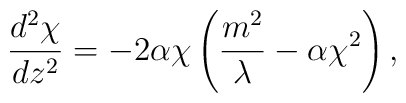
\frac{d^2\chi}{dz^2}=-2\alpha\chi\left(\frac{m^2}{\lambda}-\alpha\chi^2\right),